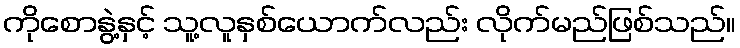
ကိုစောနွဲ့နှင့် သူ့လူနှစ်ယောက်လည်း လိုက်မည်ဖြစ်သည်။